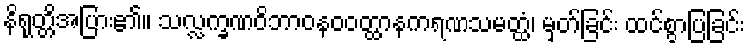
နိရုတ္တိအပြား၏။ သလ္လက္ခဏဝိဘာဝနဝဝတ္ထာနကရဏသမတ္ထံ၊ မှတ်ခြင်း ထင်စွာပြခြင်း